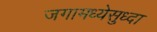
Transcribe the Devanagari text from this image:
जगामध्येसुध्दा